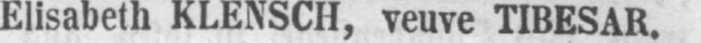
Elisabeth KLENSCH, veuve TIBESAR.